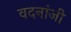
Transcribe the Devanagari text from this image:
वदनांजी